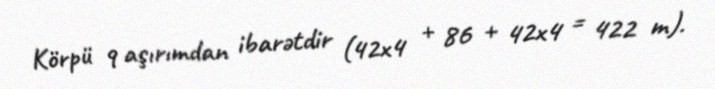
Körpü 9 aşırımdan ibarətdir (42x4 + 86 + 42x4 = 422 m).